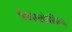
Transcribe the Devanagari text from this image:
चैकोस्लोवेकिया